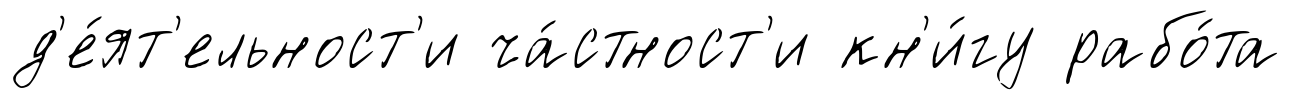
д'е́ят'ельност'и ча́стност'и кн'и́гу рабо́та